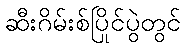
ဆီးဂိမ်းစ်ပြိုင်ပွဲတွင်